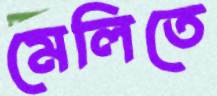
মেলিতে